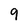
Character: 9